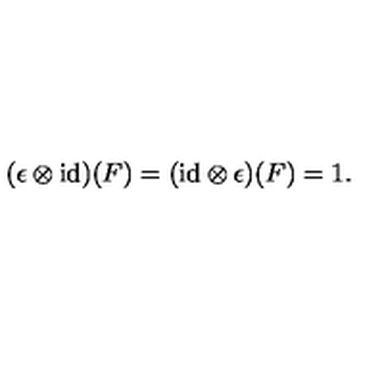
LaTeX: ( \epsilon \otimes \mathrm { i d } ) ( F ) = ( \mathrm { i d } \otimes \epsilon ) ( F ) = 1 .